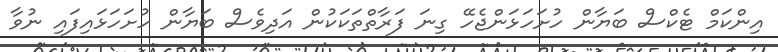
އިންކަމް ޓެކްސް ބަޔާން ހުށަހަޅަންޖެހޭ ގިނަ ފަރާތްތަކަކުން އަދިވެސް ބަޔާން ހުށަހަޅައިފައި ނުވާ